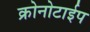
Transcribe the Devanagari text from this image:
क्रोनोटाईप